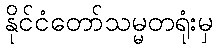
နိုင်ငံတော်သမ္မတရုံးမှ